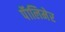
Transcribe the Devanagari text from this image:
पॅालिमेर